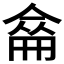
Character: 𠌈